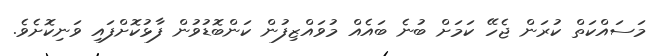
މަސައްކަތް ކުރަން ޖެހޭ ކަމަށް ބުނެ ބައެއް މުވައްޒިފުން ކަންބޮޑުވުން ފާޅުކޮށްފައި ވަނިކޮށެވެ.